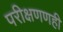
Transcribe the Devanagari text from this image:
परीक्षणणही